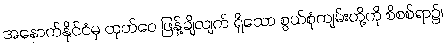
အနောက်နိုင်ငံမှ ထုတ်ဝေ ဖြန့်ချိလျက် ရှိသော စွယ်စုံကျမ်းတို့ကို စိစစ်ရာ၌၊